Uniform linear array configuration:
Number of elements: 16
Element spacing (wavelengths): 0.75
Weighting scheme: binomial
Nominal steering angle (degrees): -45
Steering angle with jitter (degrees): -43.901
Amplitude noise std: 0.05
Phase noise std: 0.05

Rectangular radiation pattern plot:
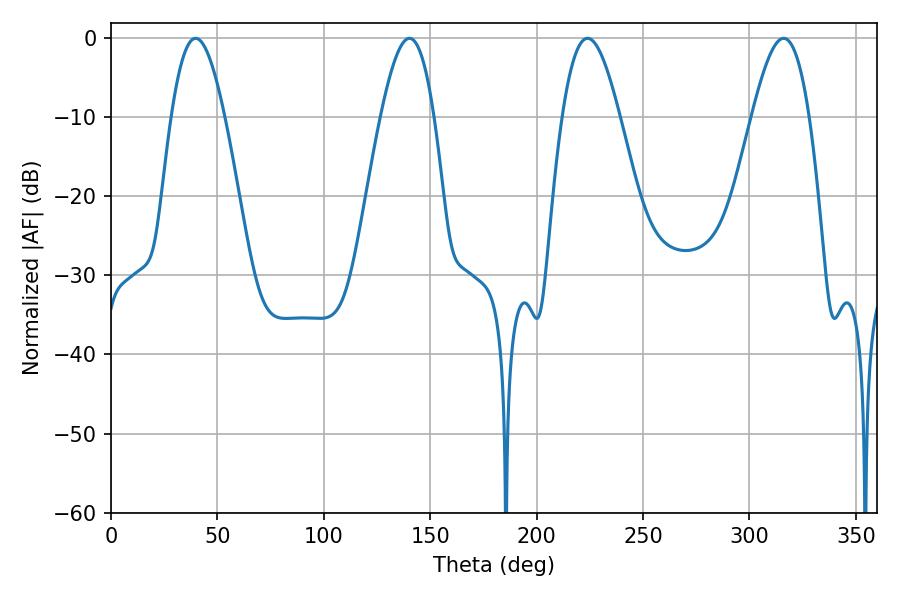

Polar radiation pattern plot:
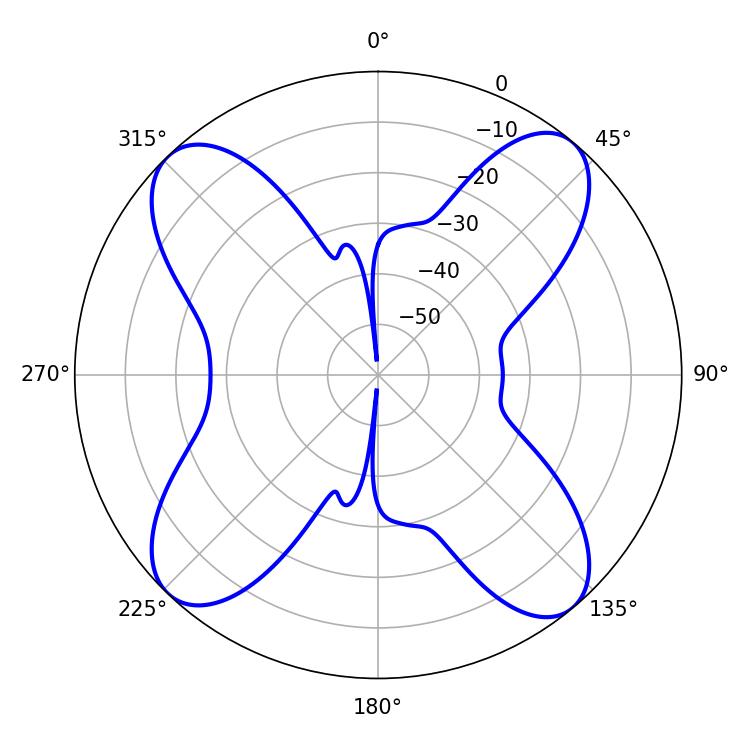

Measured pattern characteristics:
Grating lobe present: TRUE
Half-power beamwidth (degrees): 14.58
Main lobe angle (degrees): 223.92